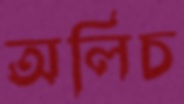
অলিচ